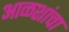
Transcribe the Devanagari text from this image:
आळशांचा